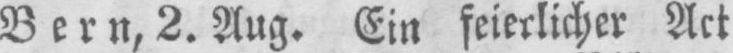
Bern, 2. Aug. Ein feierlicher Act